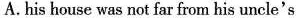
A.his house was not far from his uncle's